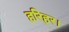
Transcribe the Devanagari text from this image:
हरिहर।